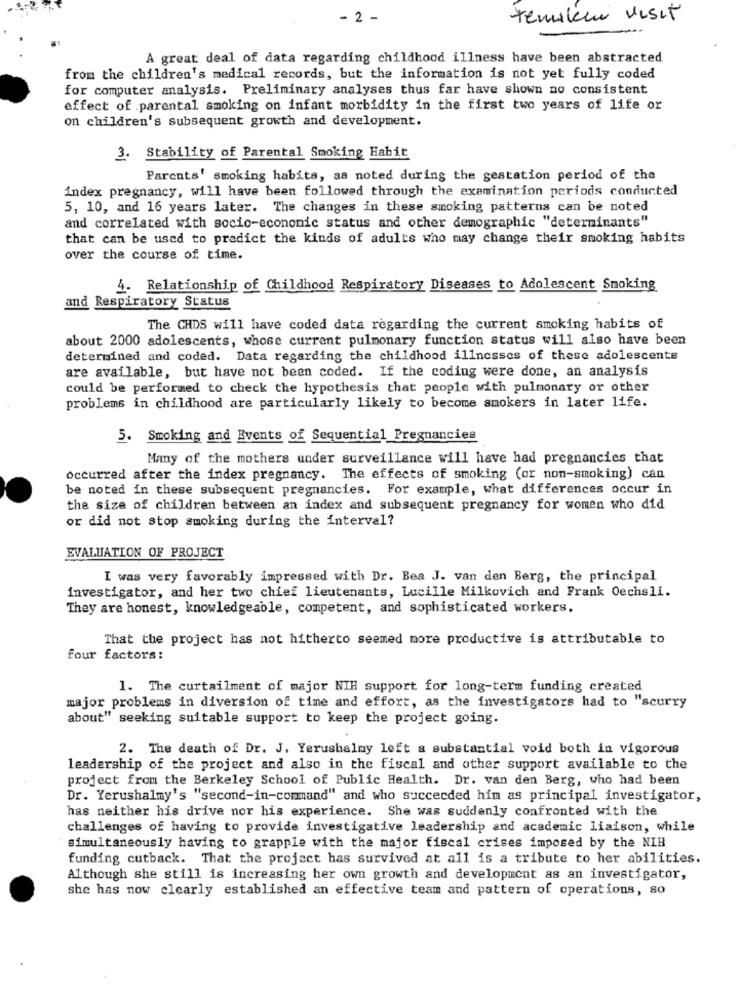
- 2 -
temaleur visit
A great deal of data regarding childhood illness have been abstracted
from the children's medical records, but the information is not yet fully coded
for computer analysis. Preliminary analyses thus far have shown no consistent
effect of parental smoking on infant morbidity in the first two years of life or
on children's subsequent growth and development.
3. Stability of Parental Smoking Habit
Parents' smoking habits, as noted during the gestation period of the
index pregnancy, will have been followed through the examination periods conducted
5, 10, and 16 years later. The changes in these smoking patterns can be noted
and correlated with socio-economic status and other demographic "determinants"
that can be used to predict the kinds of adults who may change their smoking habits
over the course of time.
4. Relationship of Childhood Respiratory Diseases to Adolescent Smoking
and Respiratory Status
The CHDS will have coded data regarding the current smoking habits of
about 2000 adolescents, whose current pulmonary function status will also have been
determined and coded. Data regarding the childhood illnesses of these adolescents
are available, but have not been coded. If the coding were done, an analysis
could be performed to check the hypothesis that people with pulmonary or other
problems in childhood are particularly likely to become smokers in later life.
5. Smoking and Events of Sequential Pregnancies
Many of the mothers under surveillance will have had pregnancies that
occurred after the index pregnancy. The effects of smoking (or non-smoking) can
be noted in these subsequent pregnancies. For example, what differences occur in
the size of children between an index and subsequent pregnancy for women who did
or did not stop smoking during the interval?
EVALUATION OF PROJECT
I was very favorably impressed with Dr. Bea J. van den Berg, the principal
investigator, and her two chief lieutenants, Lucille Milkovich and Frank Oechsli.
They are honest, knowledgeable, competent, and sophisticated workers.
That the project has not hitherto seemed more productive is attributable to
four factors:
1. The curtailment of major NIH support for long-term funding created
major problems in diversion of time and effort, as the investigators had to "scurry
about" seeking suitable support to keep the project going.
2. The death of Dr. J. Yerushalmy left a substantial void both in vigorous
leadership of the project and also in the fiscal and other support available to the
project from the Berkeley School of Public Health. Dr. van den Berg, who had been
Dr. Yerushalmy's "second-in-command" and who succeeded him as principal investigator,
has neither his drive nor his experience. She was suddenly confronted with the
challenges of having to provide investigative leadership and academic liaison, while
simultaneously having to grapple with the major fiscal crises imposed by the NIB
funding cutback. That the project has survived at all is a tribute to her abilities.
Although she still is increasing her own growth and development as an investigator,
she has now clearly established an effective team and pattern of operations, so